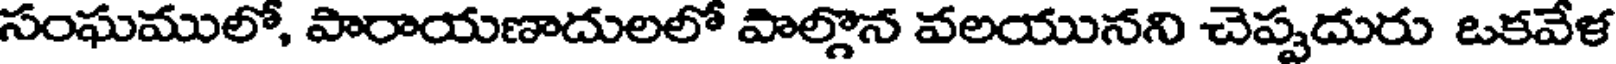
సంఘములో, పారాయణాదులలో పాల్గొన వలయునని చెప్పదురు ఒకవేళ